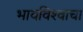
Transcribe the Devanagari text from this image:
भावविश्‍वाचा